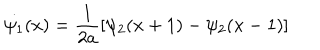
\dot { \psi _ { 1 } } ( x ) = \frac { 1 } { 2 a } [ \psi _ { 2 } ( x + 1 ) - \psi _ { 2 } ( x - 1 ) ]